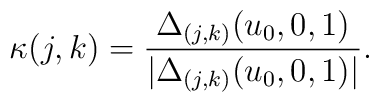
\kappa(j,k) = { \Delta_{(j,k)}(u_0,0,1) \over | \Delta_{(j,k)}(u_0,0,1) | }.